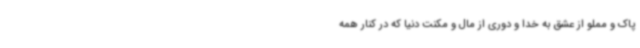
پاک و مملو از عشق به خدا و دوری از مال و مکنت دنیا که در کنار همه